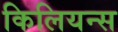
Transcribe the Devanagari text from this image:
किलियन्स